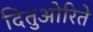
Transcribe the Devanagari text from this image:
दितुओरिते